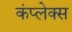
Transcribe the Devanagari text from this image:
कंप्लेक्स